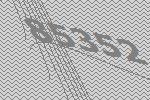
85352